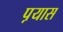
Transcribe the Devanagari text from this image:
प़यास